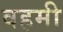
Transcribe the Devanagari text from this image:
वहमी